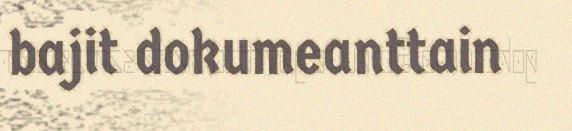
bajit dokumeanttain